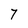
Character: 7